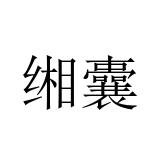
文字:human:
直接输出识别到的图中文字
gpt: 缃囊